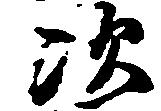
次